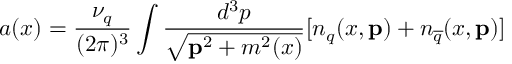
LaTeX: a ( x ) = \frac { \nu _ { q } } { ( 2 \pi ) ^ { 3 } } \int \frac { d ^ { 3 } p } { \sqrt { { \bf p } ^ { 2 } + m ^ { 2 } ( x ) } } [ n _ { q } ( x , { \bf p } ) + n _ { \overline { { { q } } } } ( x , { \bf p } ) ]